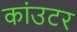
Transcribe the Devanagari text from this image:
कांउटर